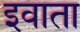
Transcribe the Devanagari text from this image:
इवाता